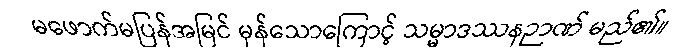
မဖောက်မပြန်အမြင် မှန်သောကြောင့် သမ္မာဒဿနဉာဏ် မည်၏။